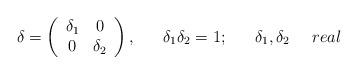
LaTeX: \begin{align*}\delta = \left(\begin{array}{cc} \delta _1 & 0 \\ 0 & \delta _2 \end{array}\right) ,~~~~~\delta _1 \delta _2 = 1;~~~~~ \delta _1 , \delta _2 ~~~~real\end{align*}